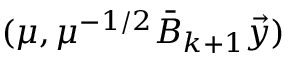
( \mu , \mu ^ { - 1 / 2 } \bar { B } _ { k + 1 } \vec { y } )